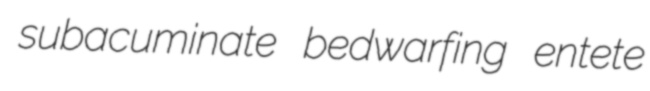
subacuminate bedwarfing entete